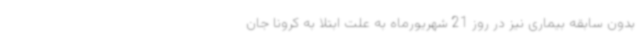
بدون سابقه بیماری نیز در روز 21 شهریورماه به علت ابتلا به کرونا جان